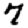
Digit: 7